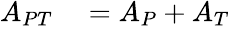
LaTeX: \begin{array}{rl}{A_{PT}}&{{}=A_{P}+A_{T}}\end{array}